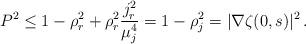
LaTeX: \begin{align*} P^2 \leq 1-\rho_r^2 + \rho_r^2\frac{j_r^2}{\mu_j^4} = 1-\rho_j^2 = |\nabla\zeta(0,s)|^2 \,.\end{align*}